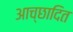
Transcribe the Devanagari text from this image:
आच्‍छादित